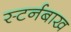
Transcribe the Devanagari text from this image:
स्टर्नबाख